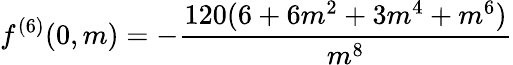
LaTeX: f^{(6)}(0,m)=-\frac{120(6+6m^{2}+3m^{4}+m^{6})}{m^{8}}